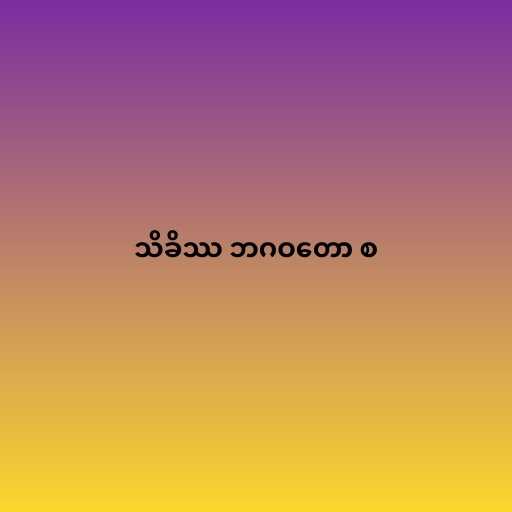
သိခိဿ ဘဂဝတော စ